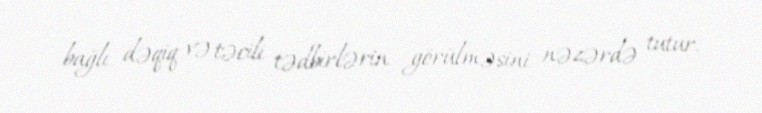
bağlı dəqiq və təcili tədbirlərin görülməsini nəzərdə tutur.